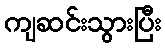
ကျဆင်းသွားပြီး